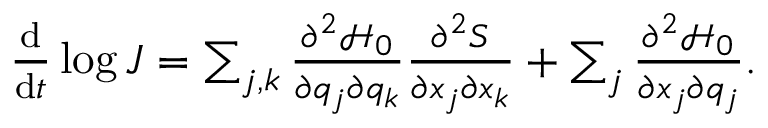
\begin{array} { r } { \frac { \mathrm { d } } { \mathrm { d } t } \log { J } = \sum _ { j , k } \frac { \partial ^ { 2 } \mathcal { H } _ { 0 } } { \partial q _ { j } \partial q _ { k } } \frac { \partial ^ { 2 } S } { \partial x _ { j } \partial x _ { k } } + \sum _ { j } \frac { \partial ^ { 2 } \mathcal { H } _ { 0 } } { \partial x _ { j } \partial q _ { j } } . } \end{array}